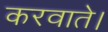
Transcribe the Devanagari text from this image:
करवाते।